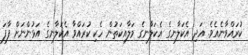
ކުރައްވާނެއެވެ. އަދި އެކަލާނގެ އެކަލާނގެ މަލާއިކަތުން ހެކި ކުރައްވާ އެކަލާނގެ އަޅުންނަށް ފާފަ